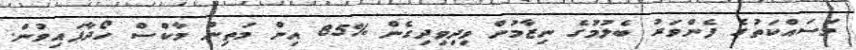
މަސައްކަތުގެ ފެންވަރު ބެލުމުގެ ނިޒާމުން ވިދިވިދިގެން %85 އިން މަތިން މާކްސް ހޯދާފައިވުން.